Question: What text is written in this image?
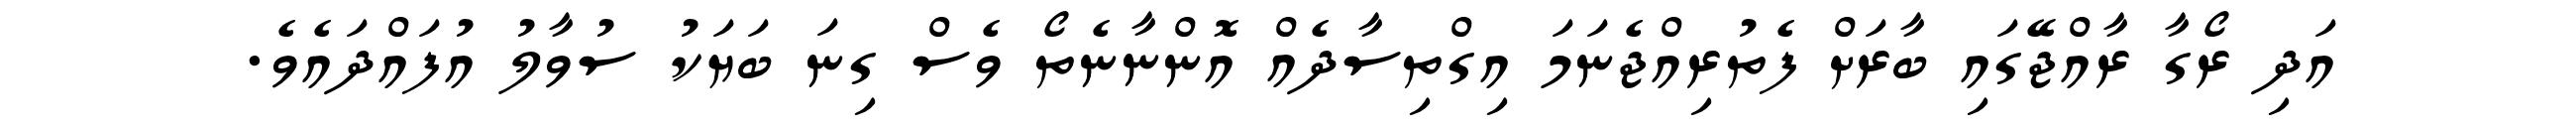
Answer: އަދި ރޯގާ ރާއްޖޭގައި ބާރަށް ފެތުރިއްޖެނަމަ އިގްތިސާދެއް އޮންނާނެތޯ ވެސް ގިނަ ބަޔަކު ސުވާލު އުފައްދައެވެ.